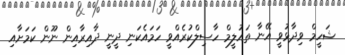
ޝަހީމް ވިދާޅުވީ އޭނާ ތައުލީމް ހާސިލްކުރެއްވީ ހަމައެކަނި ދީނީ ދާއިރާއިން ނޫން ކަމަށާއި